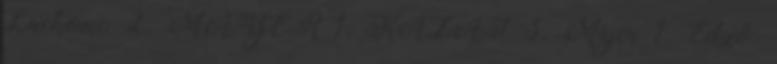
Lackovic 2, MAYER 1, KAZAI 3, Májer 1. Edző: